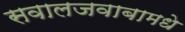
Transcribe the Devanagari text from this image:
सवालजवाबामधे